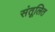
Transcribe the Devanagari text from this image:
संतूलित